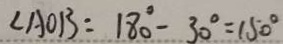
\angle A O B = 1 8 0 ^ { \circ } - 3 0 ^ { \circ } = 1 5 0 ^ { \circ }